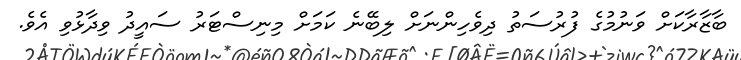
ބާޒާރާކަށް ވަނުމުގެ ފުރުސަތު ދިވެހިންނަށް ލިބޭނެ ކަމަށް މިނިސްޓަރު ސައީދު ވިދާޅުވި އެވެ.